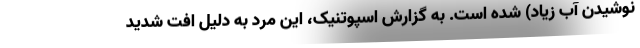
نوشیدن آب زیاد) شده است. به گزارش اسپوتنیک، این مرد به دلیل افت شدید